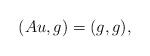
LaTeX: \begin{align*}(Au,g)=(g,g),\end{align*}